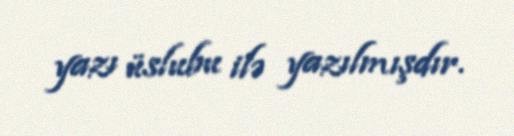
yazı üslubu ilə yazılmışdır.